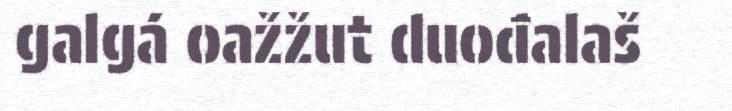
galgá oažžut duođalaš